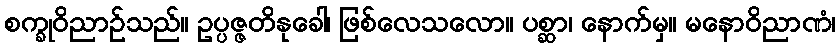
စက္ခုဝိညာဉ်သည်။ ဥပ္ပဇ္ဇတိနုခေါ၊ ဖြစ်လေသလော။ ပစ္ဆာ၊ နောက်မှ။ မနောဝိညာဏံ၊